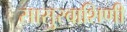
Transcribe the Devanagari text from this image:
सासुरवाशिणी